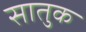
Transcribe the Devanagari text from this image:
सातुक